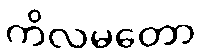
ကိလမတော